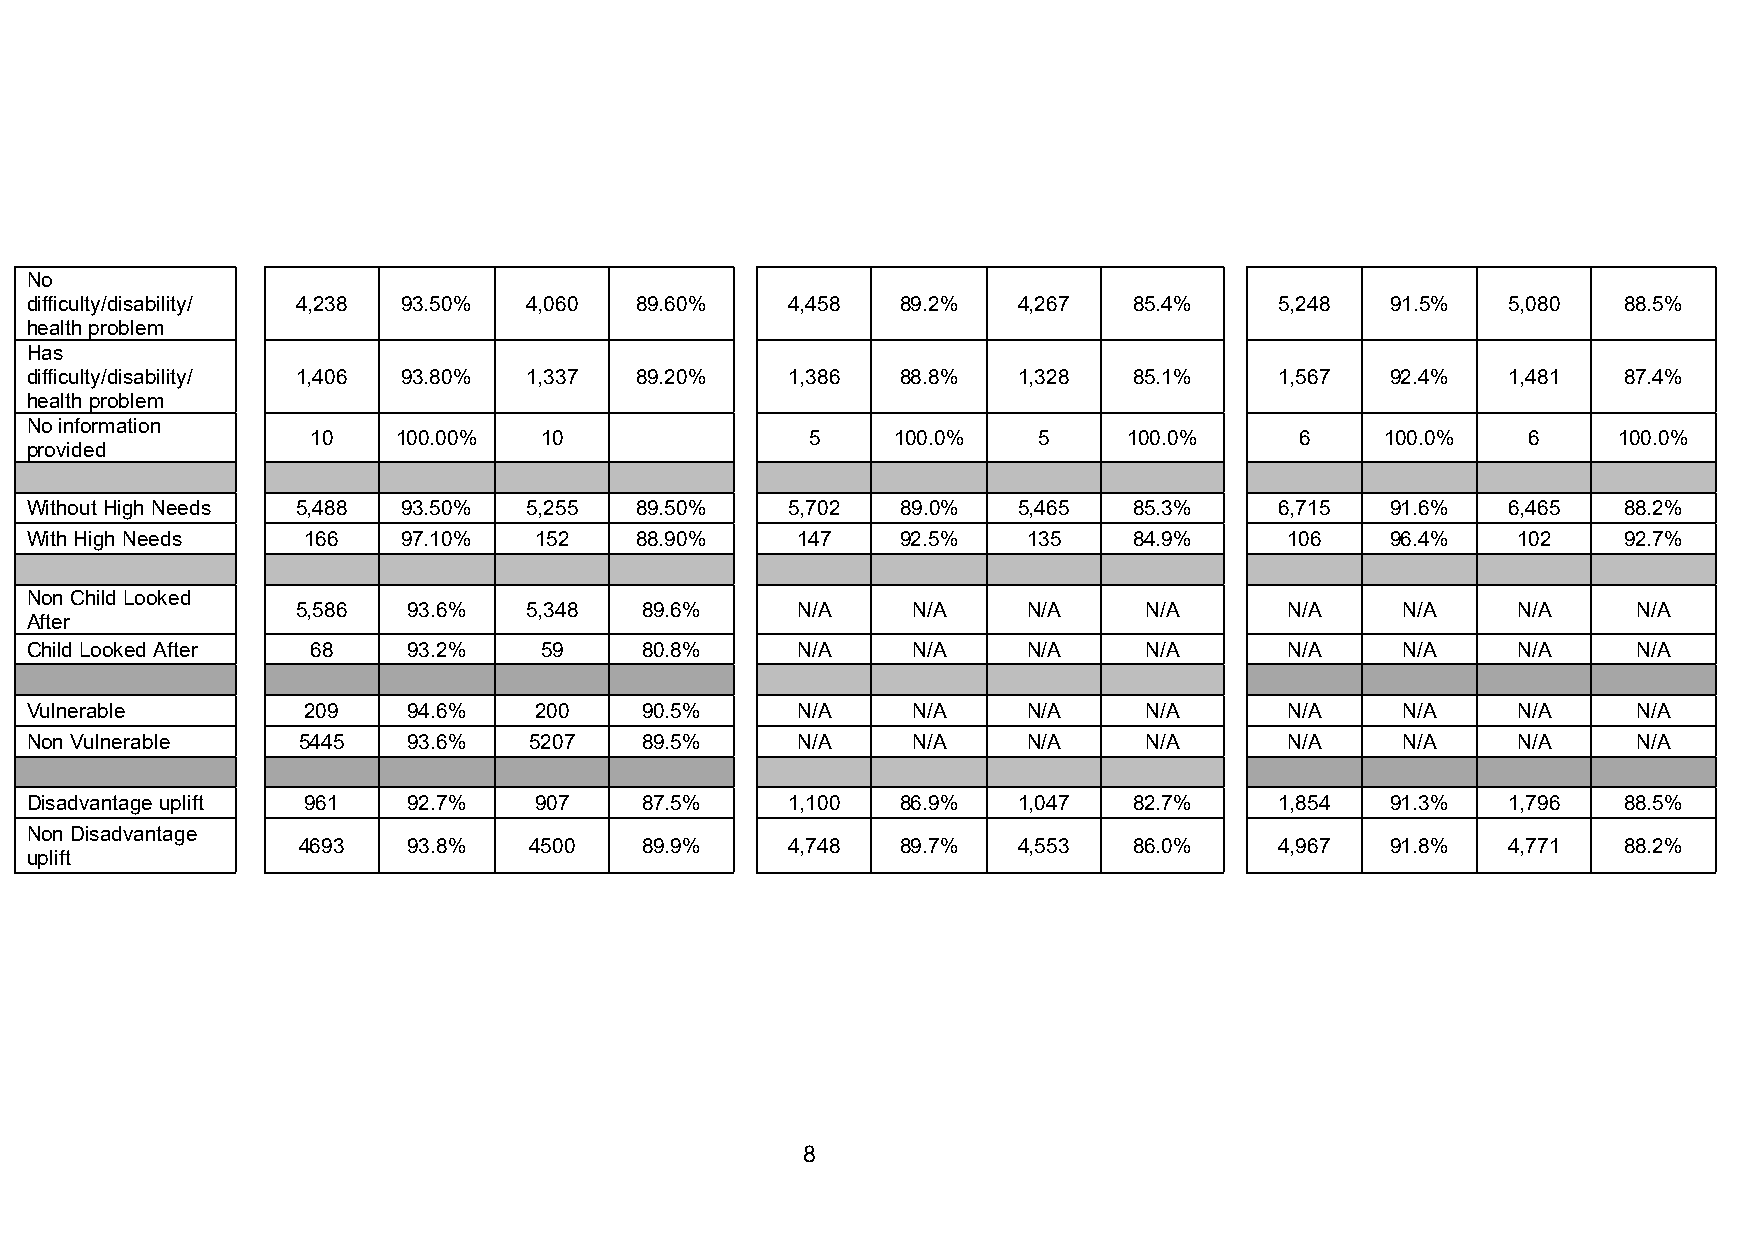
No
 difficulty/disability/ 4,238 93.50% 4,060 89.60%  4,458   89.2%  4,267   85.4%     5,248  91.5%   5,080  88.5%
 health problem
 Has
 difficulty/disability/ 1,406 93.80% 1,337 89.20%  1,386   88.8%  1,328   85.1%     1,567  92.4%   1,481  87.4%
 health problem
 No information
 10   100.00%   10                5    100.0%    5     100.0%     6     100.0%   6     100.0%
 provided
 Without High Needs 5,488 93.50%  5,255  89.50%    5,702   89.0%  5,465   85.3%     6,715  91.6%   6,465  88.2%
 With High Needs   166    97.10%  152    88.90%     147    92.5%   135    84.9%     106    96.4%   102    92.7%
 Non Child Looked
 5,586  93.6%   5,348  89.6%      N/A    N/A     N/A     N/A      N/A     N/A    N/A     N/A
 After
 Child Looked After 68    93.2%    59    80.8%      N/A    N/A     N/A     N/A      N/A     N/A    N/A     N/A
 Vulnerable        209    94.6%   200    90.5%      N/A    N/A     N/A     N/A      N/A     N/A    N/A     N/A
 Non Vulnerable    5445   93.6%   5207   89.5%      N/A    N/A     N/A     N/A      N/A     N/A    N/A     N/A
 Disadvantage uplift 961  92.7%   907    87.5%     1,100   86.9%  1,047   82.7%     1,854  91.3%   1,796  88.5%
 Non Disadvantage
 4693   93.8%   4500   89.9%     4,748   89.7%  4,553   86.0%     4,967  91.8%   4,771  88.2%
 uplift
 8